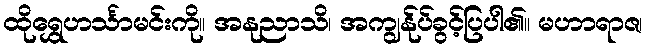
ထိုရွှေဟင်္သာမင်းကို။ အနုညာသိ၊ အကျွန်ုပ်ခွင့်ပြပါ၏။ မဟာရာဇ၊